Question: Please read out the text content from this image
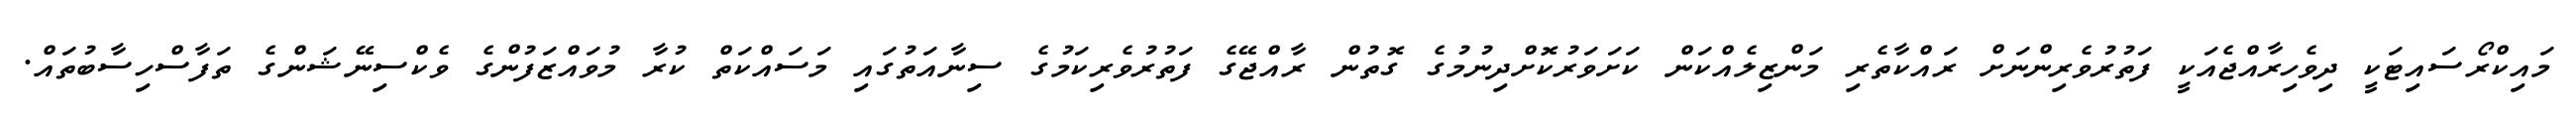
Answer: މައިކްރޯސައިޓަކީ ދިވެހިރާއްޖެއަކީ ފަތުރުވެރިންނަށް ރައްކާތެރި މަންޒިލެއްކަން ކަށަވަރުކޮށްދިނުމުގެ ގޮތުން ރާއްޖޭގެ ފަތުރުވެރިކަމުގެ ސިނާއަތުގައި މަސައްކަތް ކުރާ މުވައްޒަފުންގެ ވެކްސިނޭޝަންގެ ތަފާސްހިސާބުތައް.